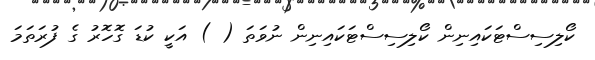
ކޯލިސިސްޓަކައިނިން ކޯލިސިސްޓަކައިނިން ނުވަތަ ( ) އަކީ ކުޑަ ގޮހޮރު ގެ ފުރަތަމަ